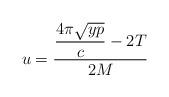
LaTeX: \begin{align*}u = \frac{\dfrac{4 \pi \sqrt{y p}}{c} -2 T}{2 M}\end{align*}